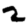
Digit: 2